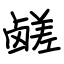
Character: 鹾